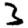
Digit: 3